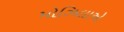
મોઝિલાએ